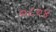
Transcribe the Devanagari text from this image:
०८०४